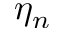
\eta _ { n }